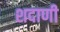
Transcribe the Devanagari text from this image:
शदाणी